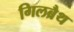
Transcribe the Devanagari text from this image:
गिलब्रैथ